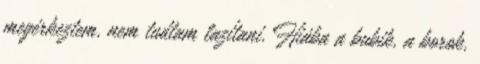
megérkeztem, nem tudtam lazítani. Hiába a bubik, a borok,